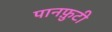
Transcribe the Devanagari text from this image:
पानफ़ुटी